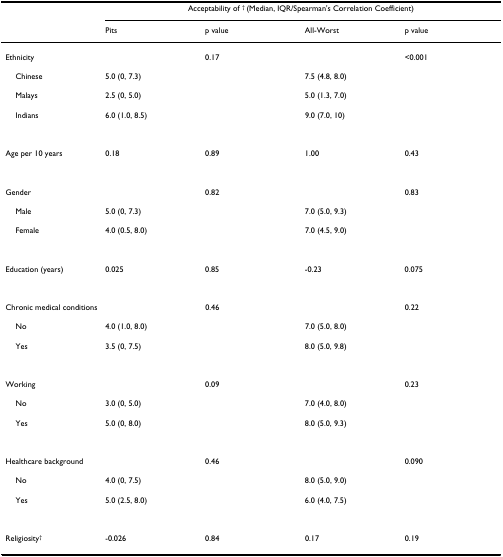
|  | <COLSPAN=4> Acceptability of † (Median, IQR/Spearman's Correlation Coefficient) |
 |  | Pits | p value | All-Worst | p value |
 | --- | --- | --- | --- | --- |
 | Ethnicity |  | 0.17 |  | <0.001 |
 | Chinese | 5.0 (0, 7.3) |  | 7.5 (4.8, 8.0) |  |
 | Malays | 2.5 (0, 5.0) |  | 5.0 (1.3, 7.0) |  |
 | Indians | 6.0 (1.0, 8.5) |  | 9.0 (7.0, 10) |  |
 | Age per 10 years | 0.18 | 0.89 | 1.00 | 0.43 |
 | Gender |  | 0.82 |  | 0.83 |
 | Male | 5.0 (0, 7.3) |  | 7.0 (5.0, 9.3) |  |
 | Female | 4.0 (0.5, 8.0) |  | 7.0 (4.5, 9.0) |  |
 | Education (years) | 0.025 | 0.85 | -0.23 | 0.075 |
 | Chronic medical conditions |  | 0.46 |  | 0.22 |
 | No | 4.0 (1.0, 8.0) |  | 7.0 (5.0, 8.0) |  |
 | Yes | 3.5 (0, 7.5) |  | 8.0 (5.0, 9.8) |  |
 | Working |  | 0.09 |  | 0.23 |
 | No | 3.0 (0, 5.0) |  | 7.0 (4.0, 8.0) |  |
 | Yes | 5.0 (0, 8.0) |  | 8.0 (5.0, 9.3) |  |
 | Healthcare background |  | 0.46 |  | 0.090 |
 | No | 4.0 (0, 7.5) |  | 8.0 (5.0, 9.0) |  |
 | Yes | 5.0 (2.5, 8.0) |  | 6.0 (4.0, 7.5) |  |
 | Religiosity† | -0.026 | 0.84 | 0.17 | 0.19 |